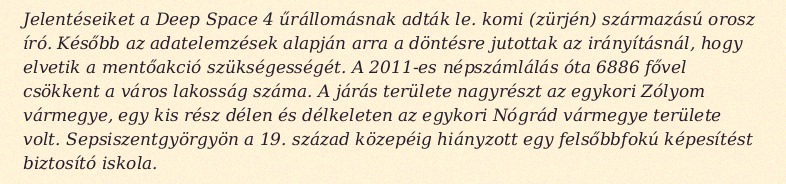
Jelentéseiket a Deep Space 4 űrállomásnak adták le. komi (zürjén) származású orosz író. Később az adatelemzések alapján arra a döntésre jutottak az irányításnál, hogy elvetik a mentőakció szükségességét. A 2011-es népszámlálás óta 6886 fővel csökkent a város lakosság száma. A járás területe nagyrészt az egykori Zólyom vármegye, egy kis rész délen és délkeleten az egykori Nógrád vármegye területe volt. Sepsiszentgyörgyön a 19. század közepéig hiányzott egy felsőbbfokú képesítést biztosító iskola.